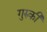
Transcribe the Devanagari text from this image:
गुरुकी